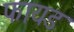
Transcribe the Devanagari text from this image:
फायड